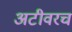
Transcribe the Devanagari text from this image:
अटीवरच